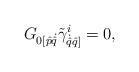
LaTeX: \begin{align*}G_{{0} [\hat p {\dot{\hat q}}}\tilde{\gamma}^{i}_{\dot{\hat q}{\hat q]}} = 0 ,\end{align*}